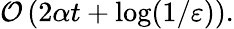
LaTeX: \mathcal{O}\left(2\alpha t+\log(1/\varepsilon)\right).